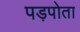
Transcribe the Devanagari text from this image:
पड़पोता